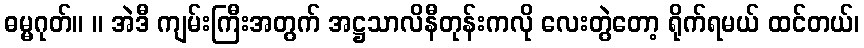
ဓမ္မဂုတ်။ ။ အဲဒီ ကျမ်းကြီးအတွက် အဋ္ဌသာလိနီတုန်းကလို လေးတွဲတော့ ရိုက်ရမယ် ထင်တယ်၊